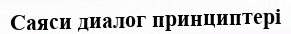
Саяси диалог принциптері